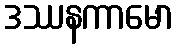
ဒဿနကာမော